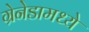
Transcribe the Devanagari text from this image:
ग्रेनेडामध्ये